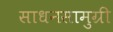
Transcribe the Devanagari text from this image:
साधनसामुग्री